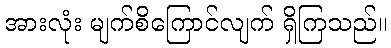
အားလုံး မျက်စိကြောင်လျက် ရှိကြသည်။